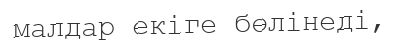
малдар екіге бөлінеді,